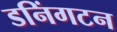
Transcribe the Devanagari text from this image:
डनिंगटन